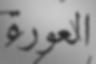
العورة